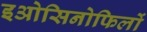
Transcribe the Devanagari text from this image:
इओसिनोफिलों